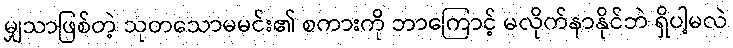
မျှသာဖြစ်တဲ့ သုတသောမမင်း၏ စကားကို ဘာကြောင့် မလိုက်နာနိုင်ဘဲ ရှိပါ့မလဲ